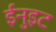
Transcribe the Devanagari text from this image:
ईनुइट